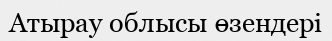
Атырау облысы өзендері